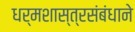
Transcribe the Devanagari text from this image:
धर्मशास्त्रसंबंधाने